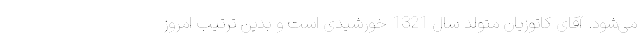
می‌شود. آقای کاتوزیان متولد سال 1321 خورشیدی است و بدین ترتیب امروز